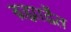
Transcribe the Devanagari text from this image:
ब्रह्माद्वैत